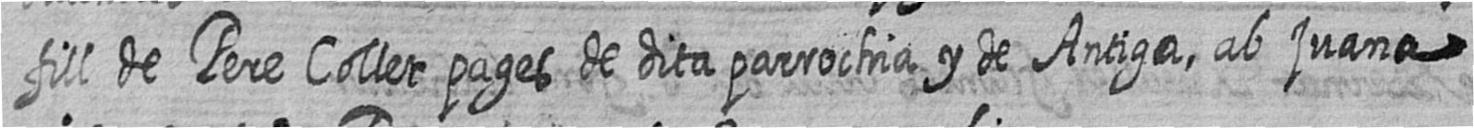
fill de Pere Collet pages de dita parrochia y de Antiga ab juana